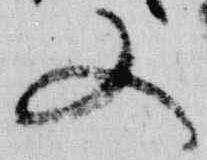
又